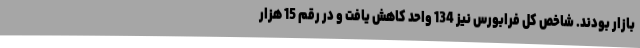
بازار بودند. شاخص کل فرابورس نیز 134 واحد کاهش یافت و در رقم 15 هزار